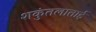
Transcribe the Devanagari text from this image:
शकुंतलाताई